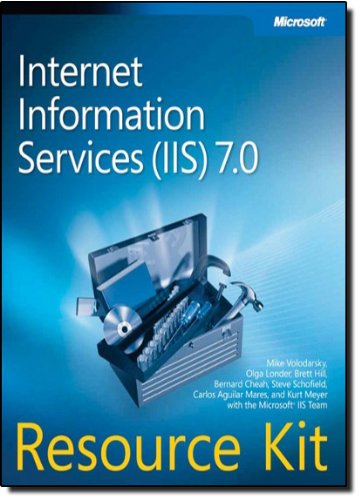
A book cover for Internet Information Services (IIS) 7.0 Resource Kit; Mike Volodarsky; Computers & Technology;